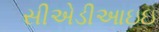
સીએડીઆઇઇ